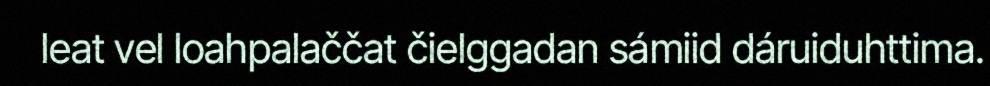
leat vel loahpalaččat čielggadan sámiid dáruiduhttima.